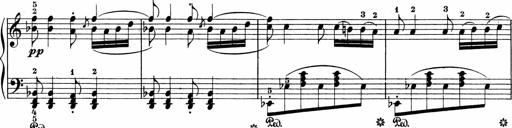
Title: Sonatinen Op.47, 98 und 136, nebst 6 Liedersonatinen
Composer: Carl Reinecke